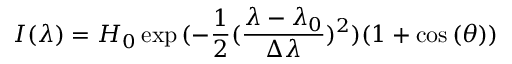
I ( \lambda ) = H _ { 0 } \exp { ( - \frac { 1 } { 2 } ( \frac { \lambda - \lambda _ { 0 } } { \Delta \lambda } ) ^ { 2 } ) } ( 1 + \cos { ( \theta ) } )